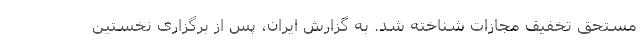
مستحق تخفیف مجازات شناخته شد. به گزارش ایران، پس از برگزاری نخستین